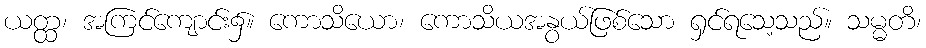
ယတ္ထ၊ အကြင်ကျောင်း၌။ ကောသိယော၊ ကောသိယအနွယ်ဖြစ်သော ရှင်ရသေ့သည်။ သမ္မတိ၊